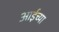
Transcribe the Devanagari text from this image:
आईच्‍या